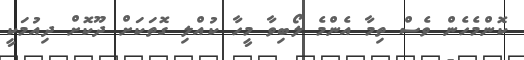
ކޮންމެހެން ވެސް ތިމާ އެންމެ ލޯބިވާ މީހާ ކުއްލި ގޮތަކަށް ދޫކޮށް ދިއުމަކީ